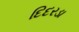
દિદરડા